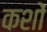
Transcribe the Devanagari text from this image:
कशों